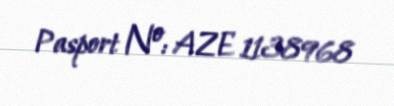
Pasport №: AZE 1138968